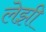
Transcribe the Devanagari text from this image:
लेझी